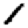
Digit: 1